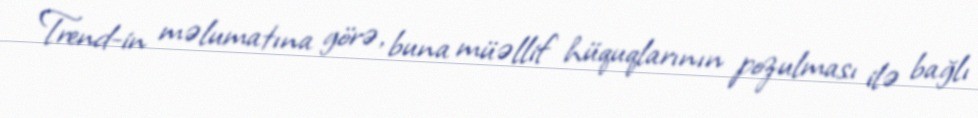
Trend-in məlumatına görə, buna müəllif hüquqlarının pozulması ilə bağlı